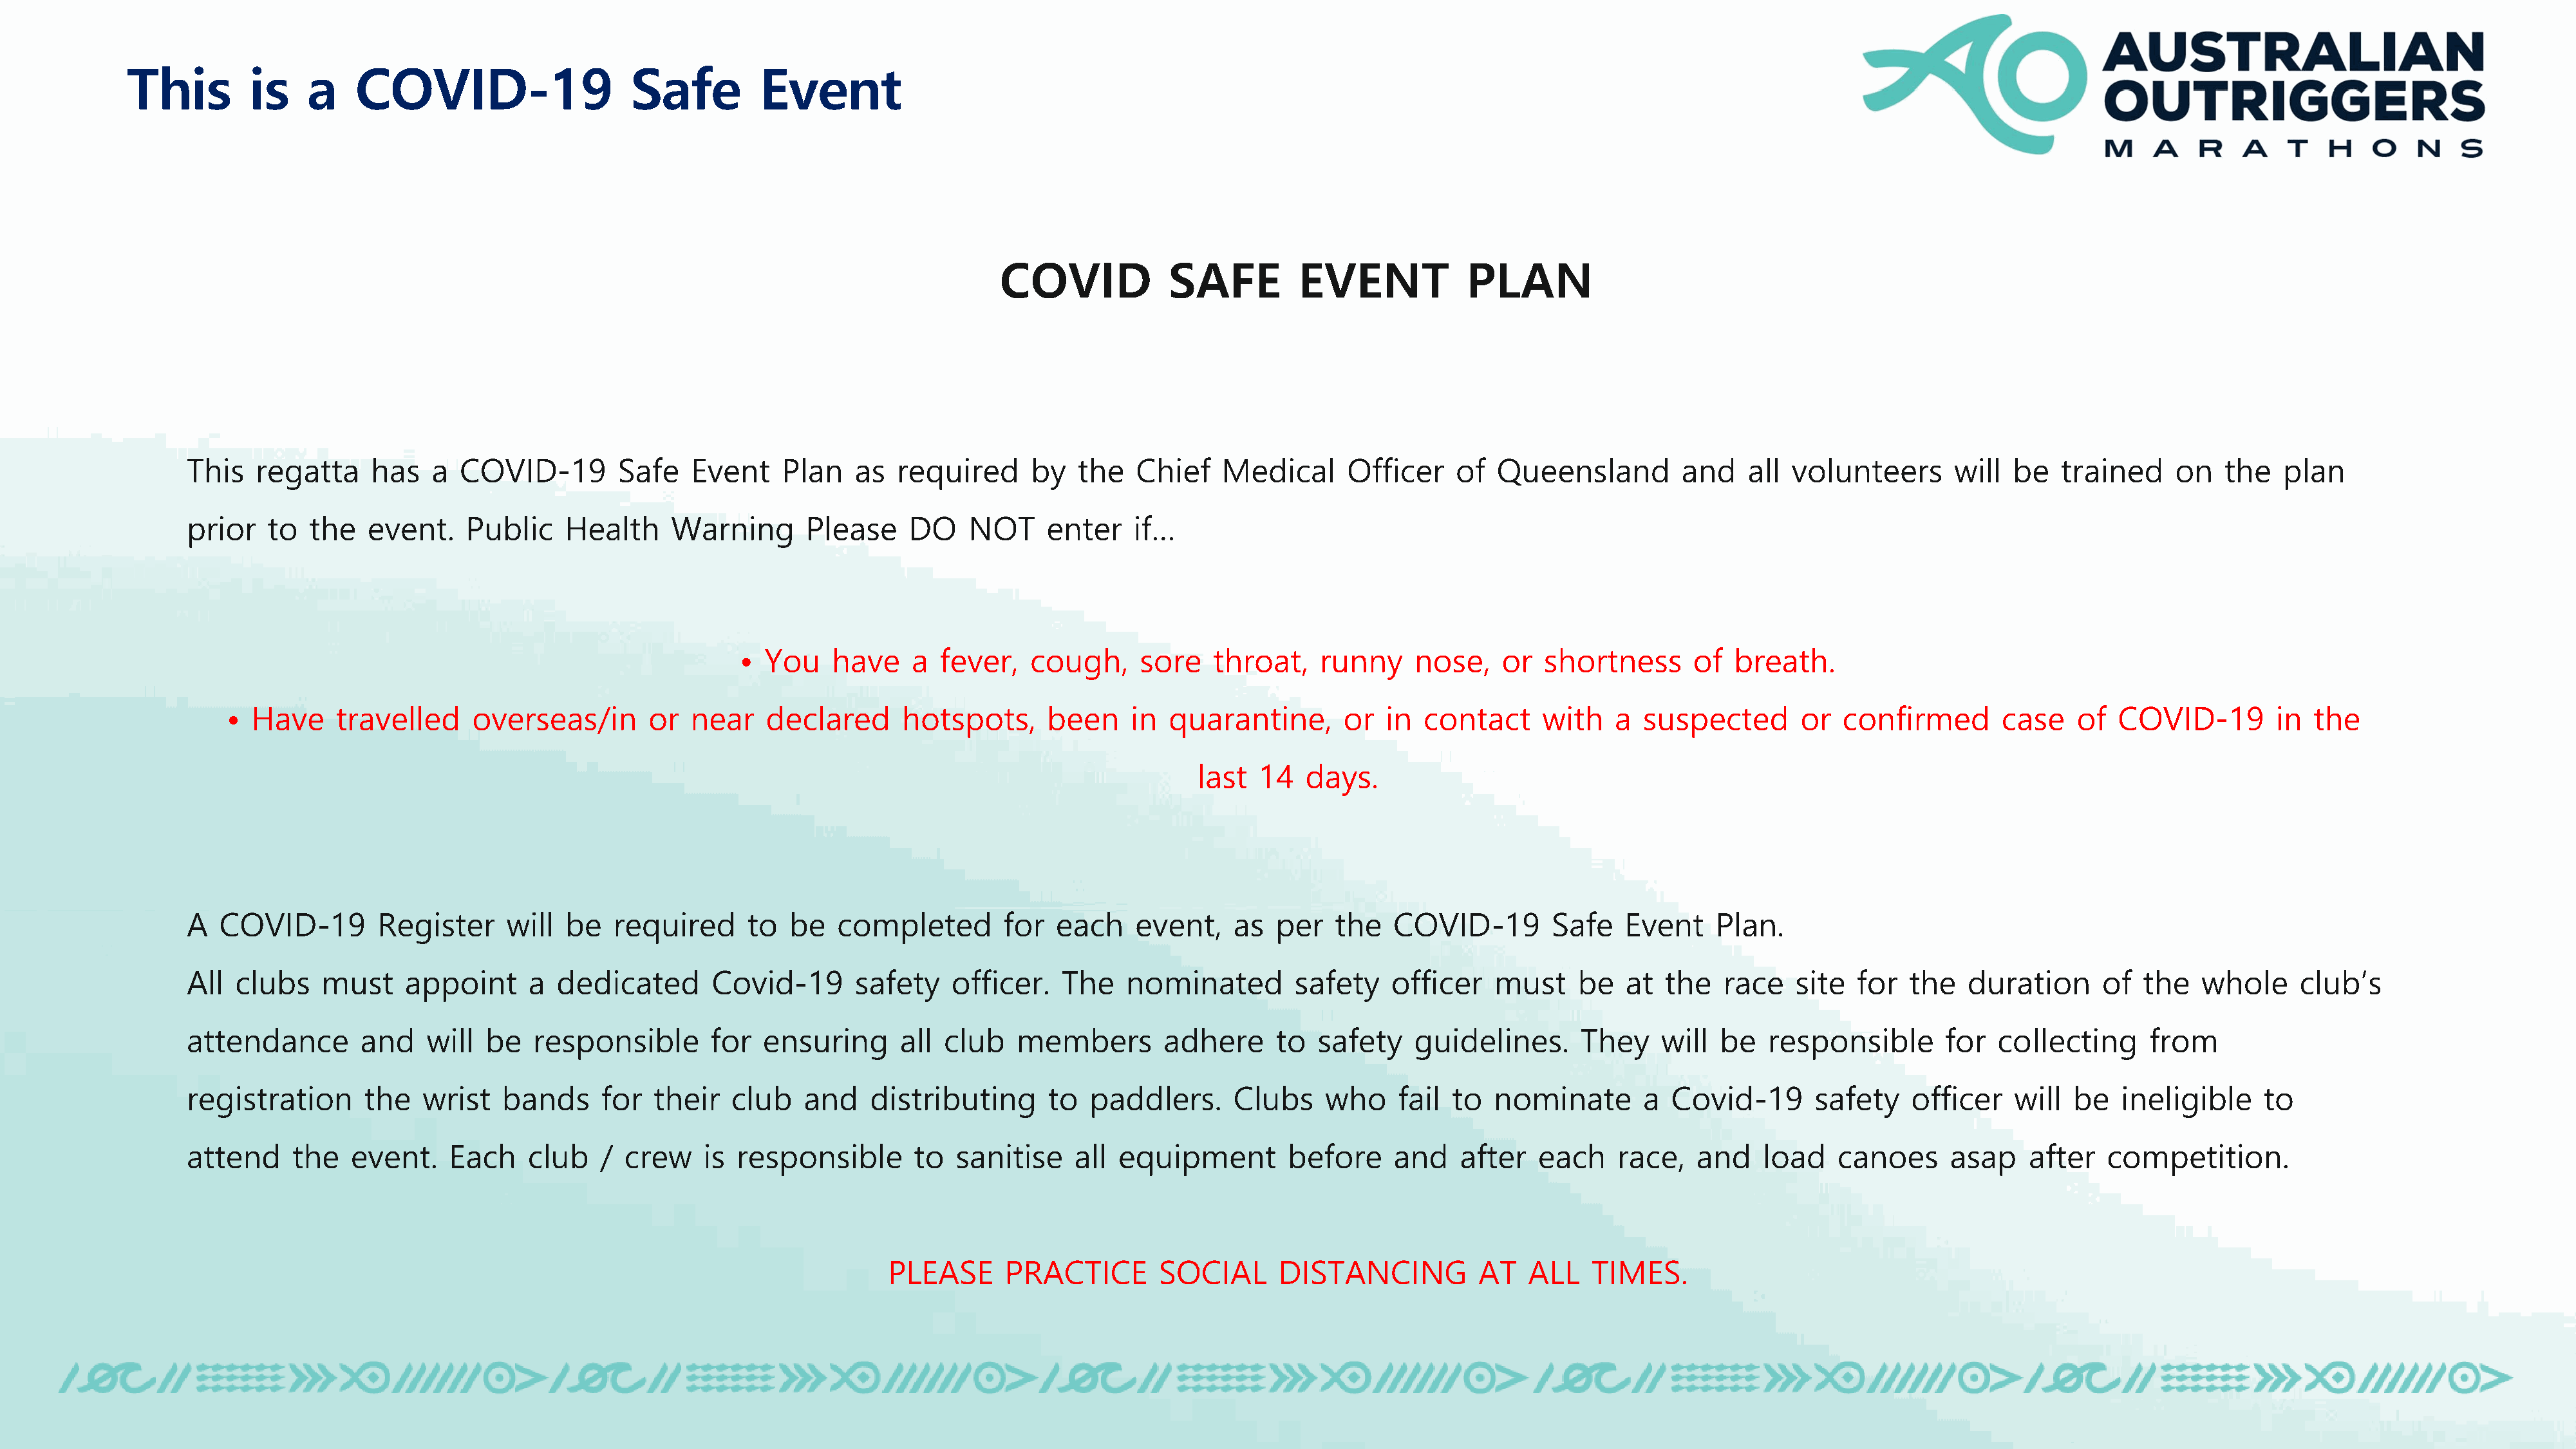
This         is    a    COVID-19                    Safe         Event
 COVID            SAFE         EVENT             PLAN
 This   regatta     has   a  COVID-19         Safe   Event    Plan    as  required      by   the   Chief    Medical     Officer     of  Queensland         and    all volunteers       will  be   trained     on   the   plan
 prior   to   the   event.    Public    Health     Warning       Please    DO     NOT     enter    if…
 •  You    have    a  fever,   cough,     sore    throat,    runny    nose,    or   shortness      of  breath.
 •  Have     travelled     overseas/in       or  near    declared      hotspots,      been    in  quarantine,       or  in  contact      with   a  suspected       or  confirmed        case   of   COVID-19        in  the
 last  14   days.
 A   COVID-19        Register     will  be   required      to  be   completed        for   each    event,    as  per   the   COVID-19         Safe   Event    Plan.
 All  clubs    must     appoint     a  dedicated       Covid-19       safety    officer.   The    nominated        safety    officer    must    be   at  the   race    site  for  the   duration      of  the   whole     club’s
 attendance        and    will  be   responsible       for  ensuring       all club   members         adhere     to  safety    guidelines.      They     will  be   responsible       for  collecting      from
 registration      the   wrist    bands     for  their   club    and   distributing       to  paddlers.      Clubs    who     fail to   nominate       a  Covid-19       safety   officer    will  be   ineligible     to
 attend     the   event.    Each    club    / crew    is  responsible       to  sanitise    all  equipment        before     and    after   each    race,   and    load    canoes     asap     after   competition.
 PLEASE      PRACTICE        SOCIAL      DISTANCING           AT   ALL    TIMES.